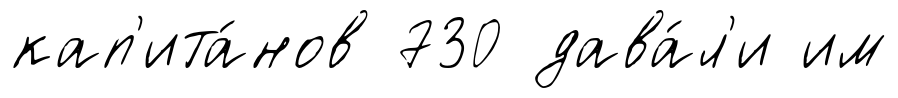
кап'ита́нов 730 дава́л'и им